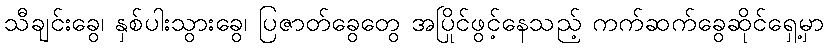
သီချင်းခွေ၊ နှစ်ပါးသွားခွေ၊ ပြဇာတ်ခွေတွေ အပြိုင်ဖွင့်နေသည့် ကက်ဆက်ခွေဆိုင်ရှေ့မှာ